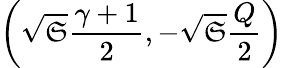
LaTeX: \left(\sqrt{\mathfrak{S}}\frac{\gamma+1}{2},-\sqrt{\mathfrak{S}}\frac{Q}{2}\right)